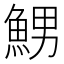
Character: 𲌷